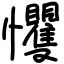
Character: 戄